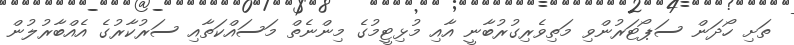
ތަށި ހޯދަން ސަޕޯޓަރުންވި މަތިވެރިގުރުބާނީ އާއި މުޅިޓީމުގެ މިންނެތް މަސައްކަތާއި ސަރުކާރުގެ އެއްބާރުލުން